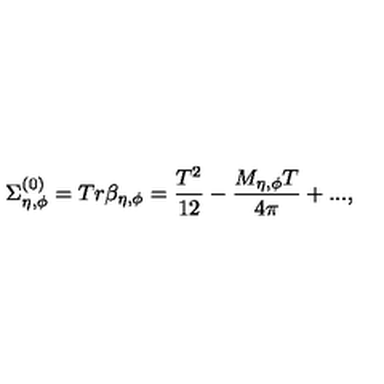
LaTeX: \Sigma _ { \eta , \phi } ^ { ( 0 ) } = T r \beta _ { \eta , \phi } = \frac { T ^ { 2 } } { 1 2 } - \frac { M _ { \eta , \phi } T } { 4 \pi } + . . . ,